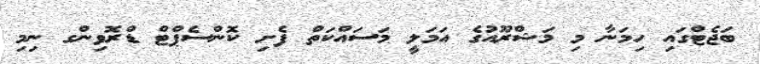
ބަޖެޓްގައި ހިމަނާ މި މަޝްރޫއުގެ އަމަލީ މަސައްކަތް ފެށި ކޮންސެޕްޓް ޑްރޮވިންގ ނިމި